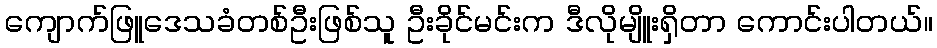
ကျောက်ဖြူဒေသခံတစ်ဦးဖြစ်သူ ဦးခိုင်မင်းက ဒီလိုမျိူးရှိတာ ကောင်းပါတယ်။